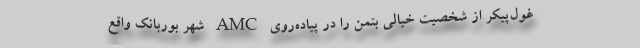
غول‌پیکر از شخصیت خیالی بتمن را در پیاده‌روی AMC شهر بوربانک واقع